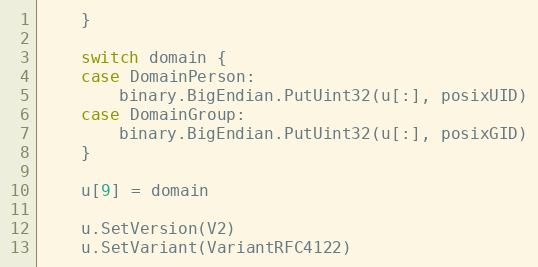
Language: Go
	}

	switch domain {
	case DomainPerson:
		binary.BigEndian.PutUint32(u[:], posixUID)
	case DomainGroup:
		binary.BigEndian.PutUint32(u[:], posixGID)
	}

	u[9] = domain

	u.SetVersion(V2)
	u.SetVariant(VariantRFC4122)